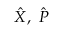
\hat { X } , \ \hat { P }